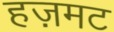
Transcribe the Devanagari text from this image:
हज़मट